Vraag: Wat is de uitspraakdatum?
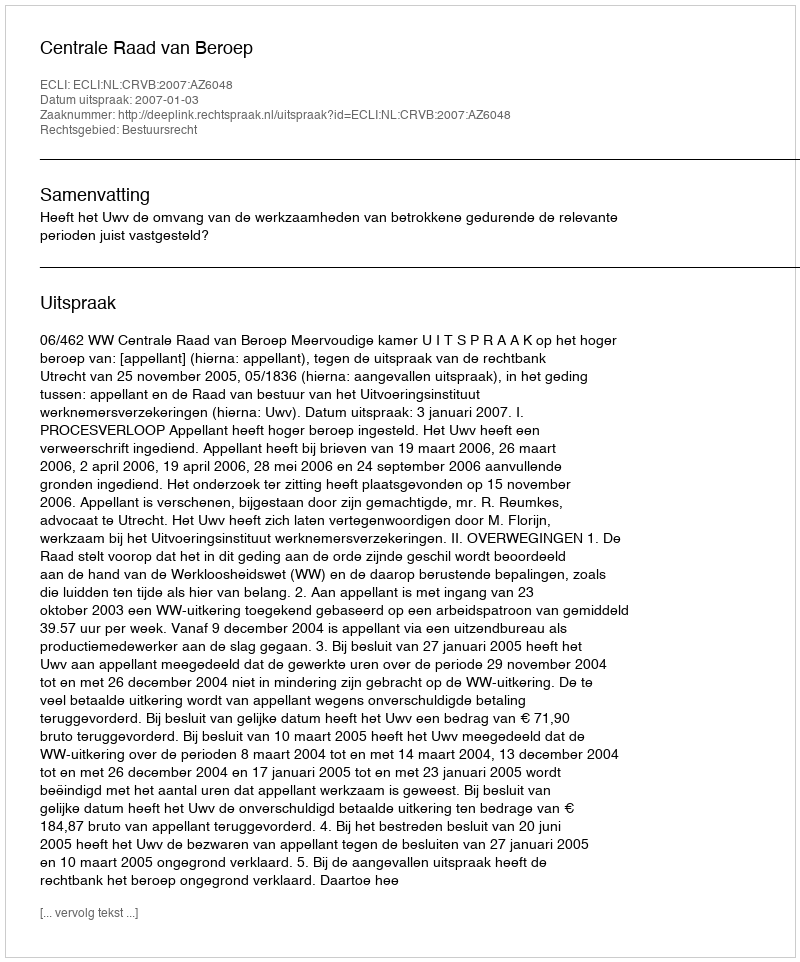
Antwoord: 2007-01-03